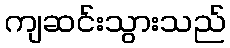
ကျဆင်းသွားသည်